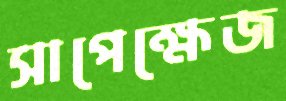
সাপেক্ষেজ